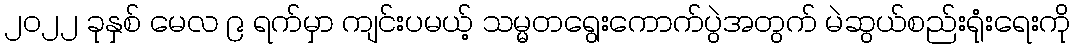
၂၀၂၂ ခုနှစ် မေလ ၉ ရက်မှာ ကျင်းပမယ့် သမ္မတရွေးကောက်ပွဲအတွက် မဲဆွယ်စည်းရုံးရေးကို